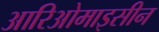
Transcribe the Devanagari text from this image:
आरिओमाइसीन